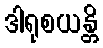
ဒါရုစယန္တိ